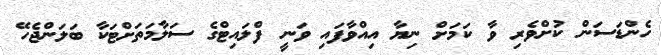
ހެންޑަސަން ކުށްވެރި ވާ ކަމަށް ނިޔާ އިއްވާފައި ވަނީ ފްލައިޓްގެ ސަލާމަތަށްޓަކާ ބަލަންޖެހޭ